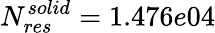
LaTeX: N_{res}^{solid}=1.476e04